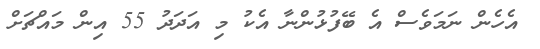
އެހެން ނަމަވެސް އެ ބޭފުޅުންނާ އެކު މި އަދަދު 55 އިން މައްޗަށް